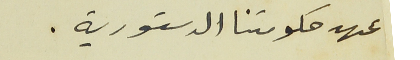
عهد حكومتنا الدستورية.